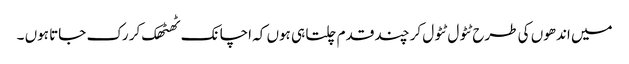
میں اندھوں کی طرح ٹٹول ٹٹول کر چند قدم چلتا ہی ہوں کہ اچانک ٹھٹھک کر رک جاتا ہوں ۔